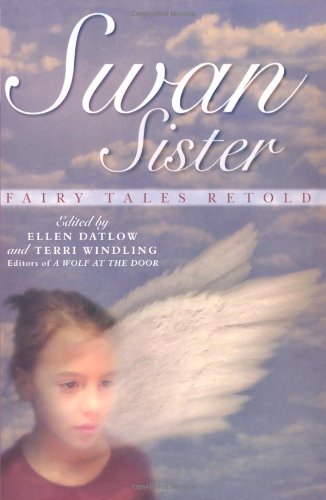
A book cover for Swan Sister: Fairy Tales Retold; Jane Yolen; Children's Books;